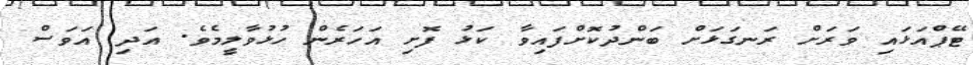
ޓޭޕްއަޅައި ވަރަށް ރަނގަޅަށް ބަންދުކޮށްފައިވާ ކަޅު ފޮށި އަހަރެން ހުޅުވާލީމެވެ. އަދި އަވަސް